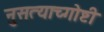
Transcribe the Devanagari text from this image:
नुसत्याच्गोष्टी